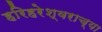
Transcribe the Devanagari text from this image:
हरिहरेश्वराच्या